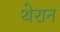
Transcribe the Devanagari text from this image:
थेरान